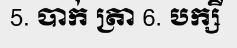
5. បាក់ ត្រា 6. បក្សី